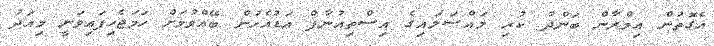
އެގޮތުން އިމްރާން ބަންދު ކުރި މައްސަލައިގެ އިސްތިއުނާފް އަޑުއެހުން ބޭއްވުމަށް ހަމަޖެހިފައިވަނީ މިއަދު